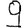
Digit: 9